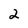
Character: 2